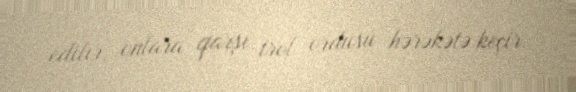
edilir, onlara qarşı trol ordusu hərəkətə keçir.